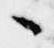
々